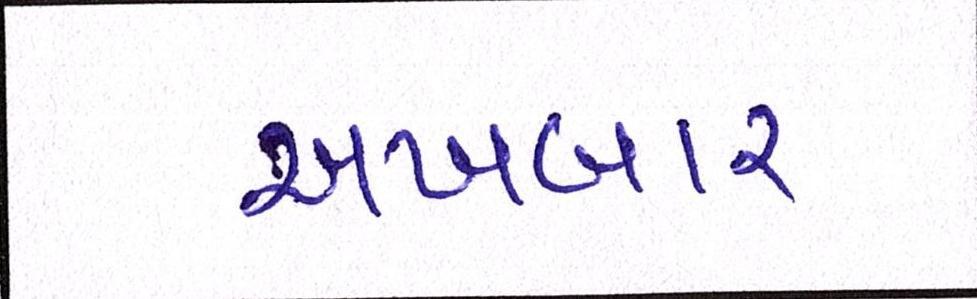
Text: અખબાર